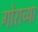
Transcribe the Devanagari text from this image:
गोराच्या